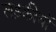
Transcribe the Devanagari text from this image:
लड़कीयों